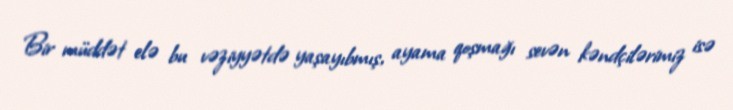
Bir müddət elə bu vəziyyətdə yaşayıbmış, ayama qoşmağı sevən kəndçilərimiz isə